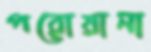
পরোয়ানা